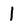
Character: 1